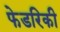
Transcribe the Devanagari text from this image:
फेडरिकी